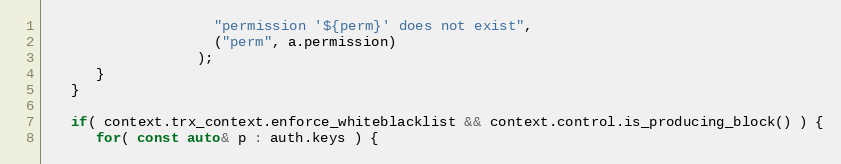
Language: C++
                    "permission '${perm}' does not exist",
                    ("perm", a.permission)
                  );
      }
   }

   if( context.trx_context.enforce_whiteblacklist && context.control.is_producing_block() ) {
      for( const auto& p : auth.keys ) {